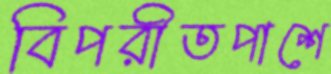
বিপরীতপাশে